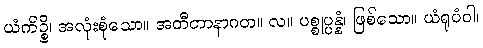
ယံကိဉ္စိ၊ အလုံးစုံသော။ အတီတာနာဂတ။ လ။ ပစ္စုပ္ပန္နံ၊ ဖြစ်သော။ ယံရူပံဝါ၊